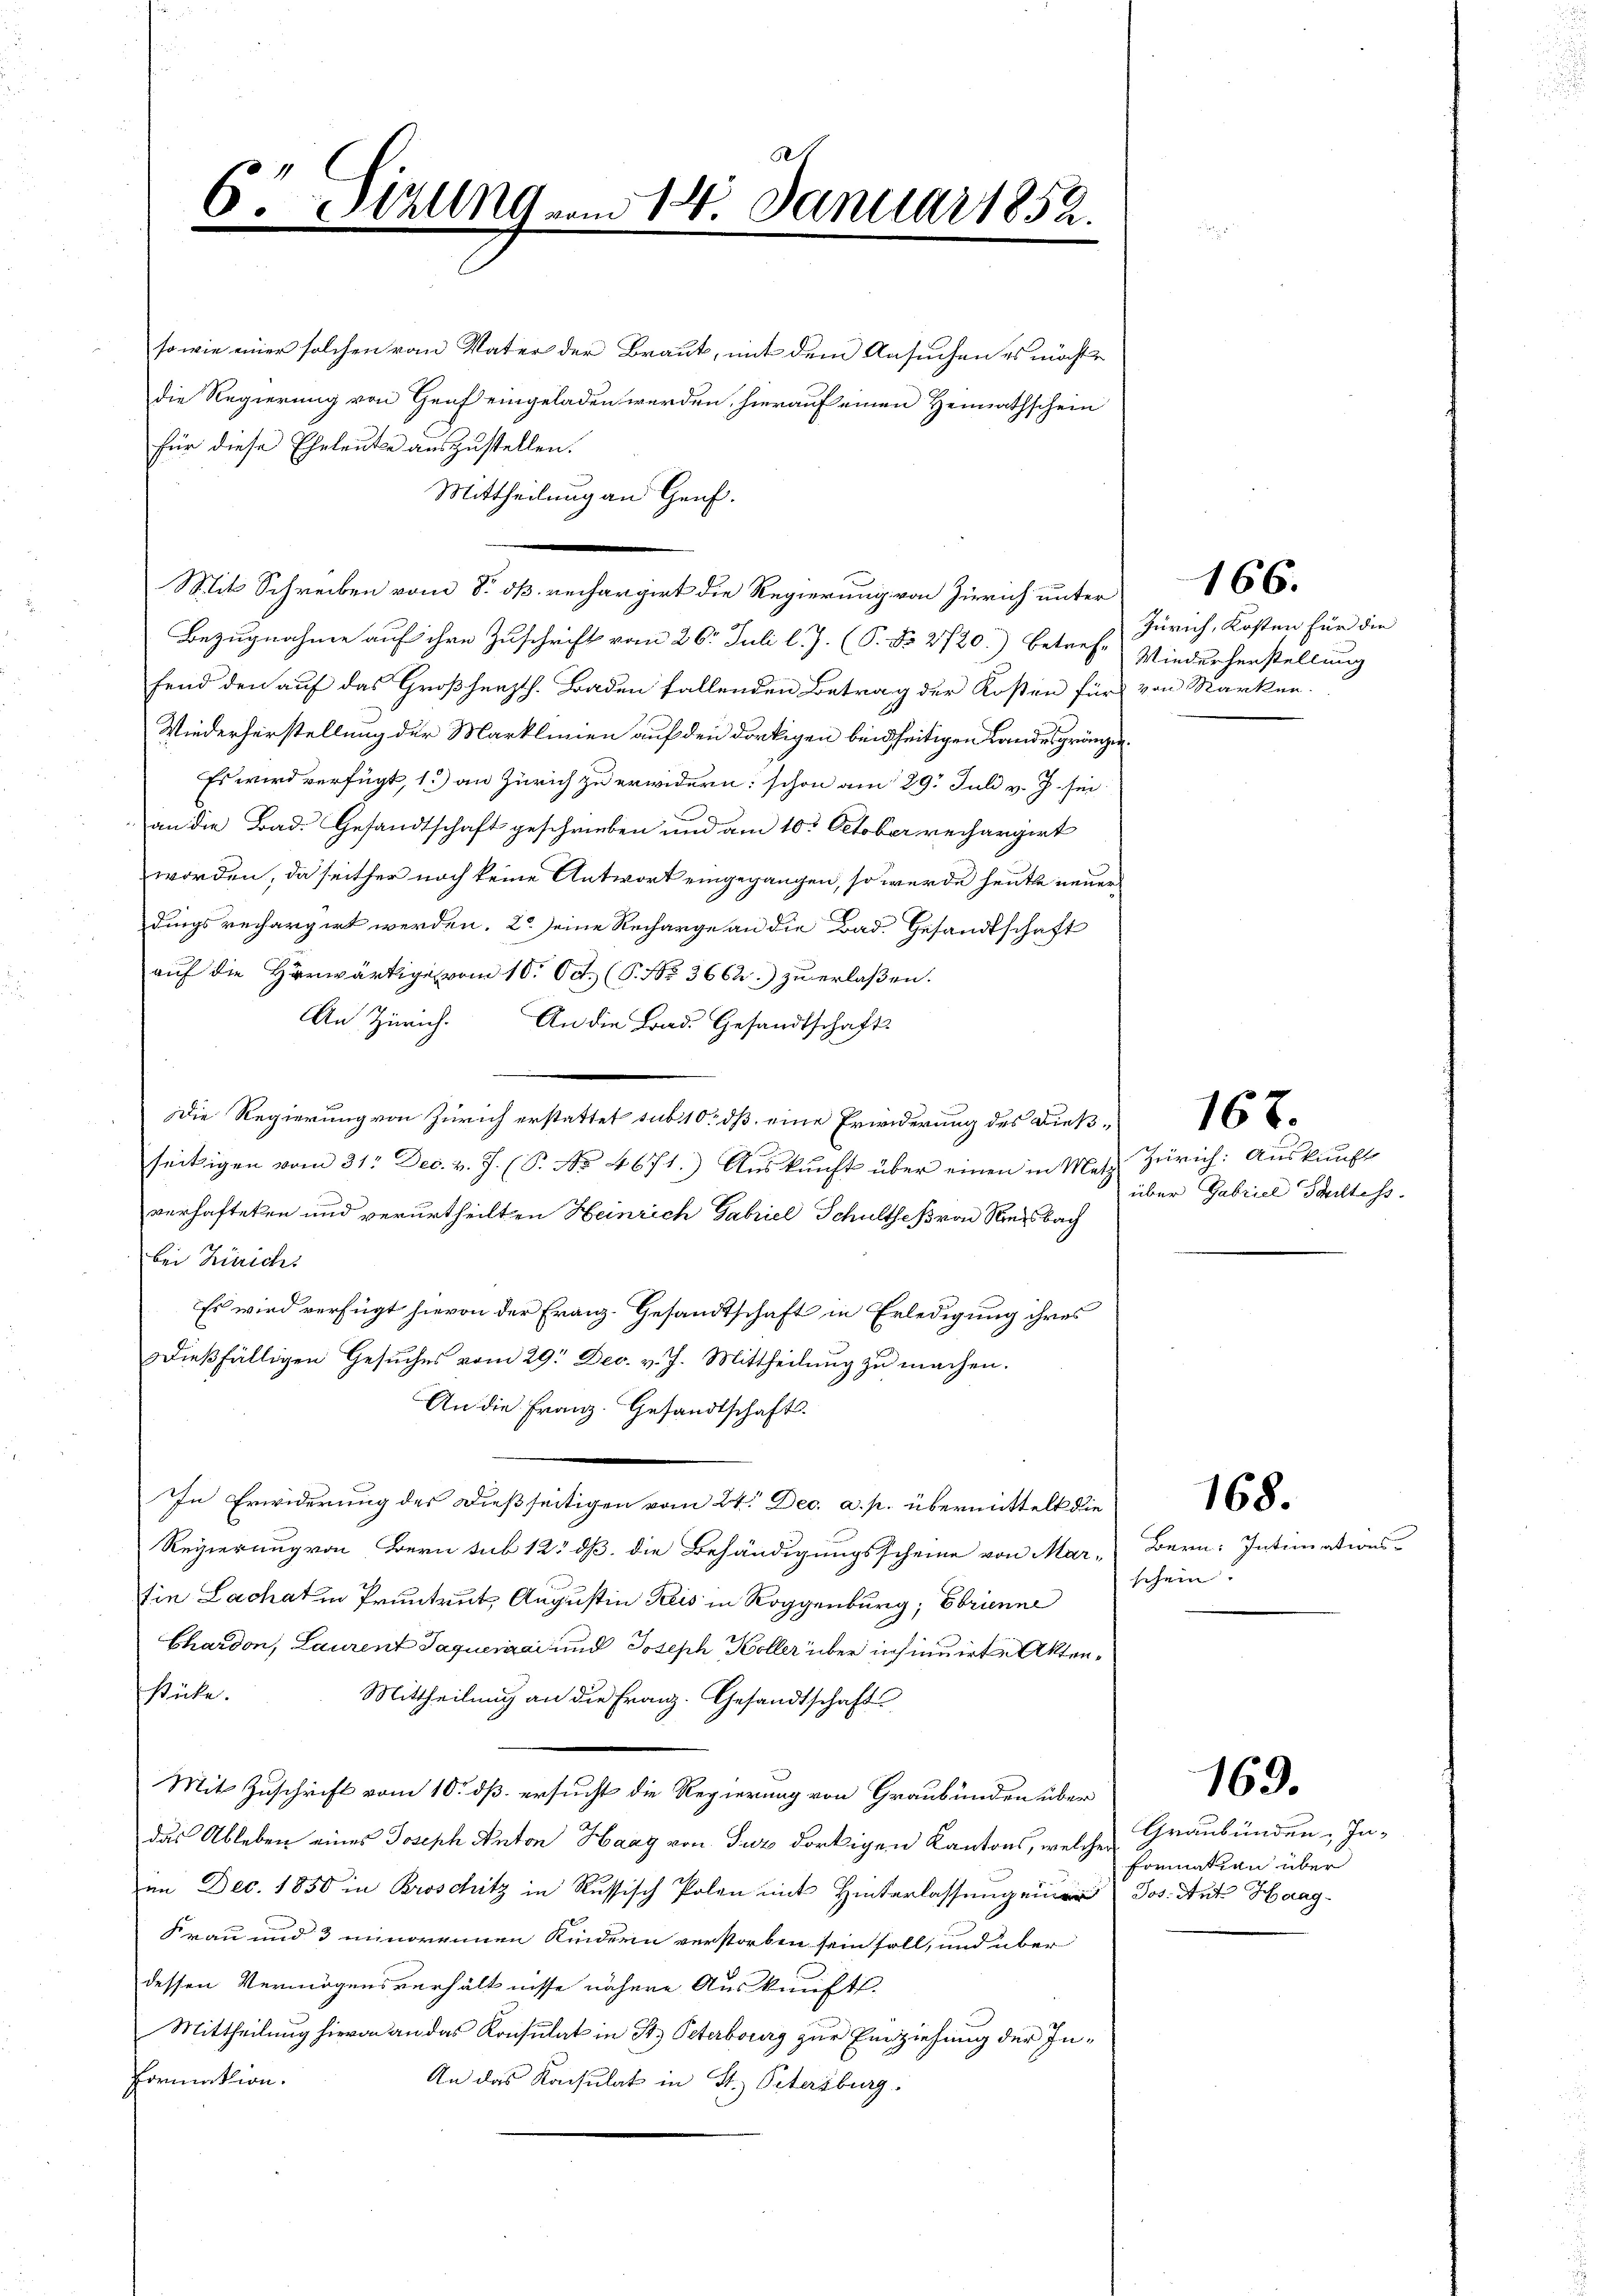
4
6Sizung vom 14. Januar 1852.

so wie einer solchen vom Vater der Braut, mit dem Ansuchen es möchte
die Regierung von Genf eingeladen werden, hierauf einen Heimathschein
für diese Eheleute auszustellen.
Mittheilung an Genf.
Bezugnahme auf ihre Zuschrift vom 26. Juli l. J. (P. Nr. 2720.) Betref- Niederherstellung
fend den auf das Großherzth. Baden fallenden Betrag der Kosten für von Marken.
Wiederherstellung der Marklinien auf den dortigen beidseitigen Landesgränzen.
Es wird verfügt, 1.) an Zürich zu erwidern: schon am 29. Juli v. J. sei
an die Bad. Gesandtschaft geschrieben und am 10. October rechargirt
worden, da seither noch keine Antwort eingegangen, so wurde heute neuer
dings rechargirt werden. 2 seine Recharge an die Bad. Gesandtschaft
auf die Herwärtige vom 10. Oct. (P. Nr. 3662.) zu erlaßen.
An Zürich. An die Brad. Gesandtschaft-
seckigen vom 31. Dec. v. J. (S. No. 4671. Aŭskŭnft über einen in Metz. Zürich: Auskunft
verhafteten und verurtheilten Heinrich Gabriel Schultheß von Riesbach
bei Zürichs
Es wird verfügt hievon der Franz- Gesandtschaft in Erledigung ihres
dießfälligen Gesŭches vom 29. Dec. v. J. Mittheilung zu machen.
An die Franz. Gesandtschaft.
In Erwiderung des Dießseitigen vom 24. Dec. a. p. übermittelt die
Regierung von Bern sub 12 dß die Behändigungsscheine von Mar-
tin Lachat in Pruntrut, Augustin Kreis in Roggenburg; Ebrienne
Chardon, Laurent Jaquesia und Joseph Koller über insinuirte Aktenstücke.
Mittheilung an die Franz. Gesandtschaft
Mit Zuschrift vom 10. dß ersucht die Regierung von Graubünden über
das Ableben eines Joseph Anton Haag von Tuz dortigen Kantons, welches Graubünden Inim Dec. 1850 in Broschitz in Russisch Polen mit Hinterlassung einer Jos. Auf Haag-
Frau und 3 minorennen Kindern verstorben sein soll, und über
dessen Vermögensverhältnisse nähere Auskunft.
Mittheilung hievon an das Konsulat in St. Peterburg zur Einziehung der In¬
Formation.
An das Konsulat in St. Petersburg.

Die Regierung von Zürich erstattet sub 10 dß eine Erinderung des Dieß¬

Mit Schreiben vom 8. dß. rechargirt die Regierung von Zürich unter 166.

Zürich, Kosten für die

über Gabriel Saitess

167.

Bern: Intimations-
schein

168.

169.

formation über